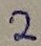
Text: 2